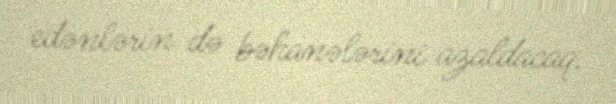
edənlərin də bəhanələrini azaldacaq.